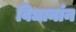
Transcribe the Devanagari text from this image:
विधानांन